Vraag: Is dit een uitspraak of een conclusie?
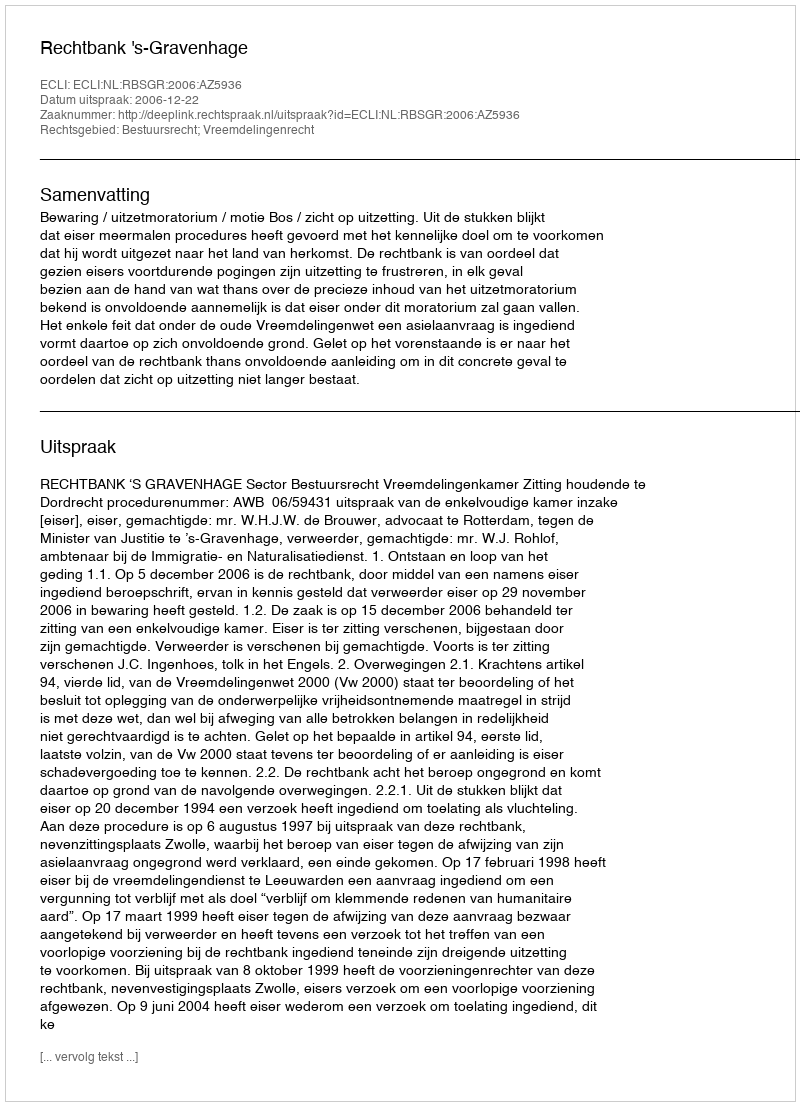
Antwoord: Uitspraak